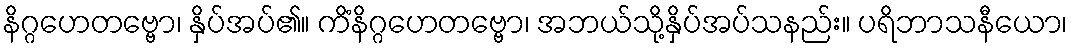
နိဂ္ဂဟေတဗ္ဗော၊ နှိပ်အပ်၏။ ကိံနိဂ္ဂဟေတဗ္ဗော၊ အဘယ်သို့နှိပ်အပ်သနည်း။ ပရိဘာသနီယော၊